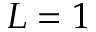
L = 1